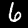
Digit: 6